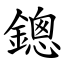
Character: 鏓